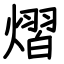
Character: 熠